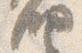
納